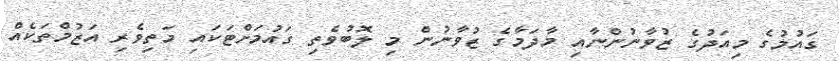
ގައުމުގެ މިއަދުގެ ޒުވާނުންނާއި މާދަމާގެ ޒުވާނުން މި ލޮބުވެތި ގައުމަށްޓަކައި މަތިވެރި އަޒުމްތަކެއް